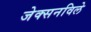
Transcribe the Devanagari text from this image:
जेक्सनविले